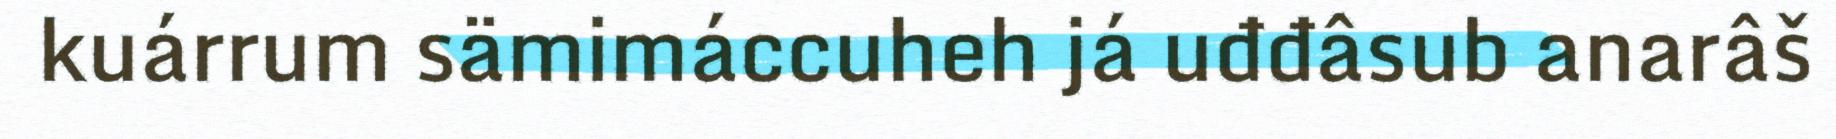
kuárrum sämimáccuheh já uđđâsub anarâš